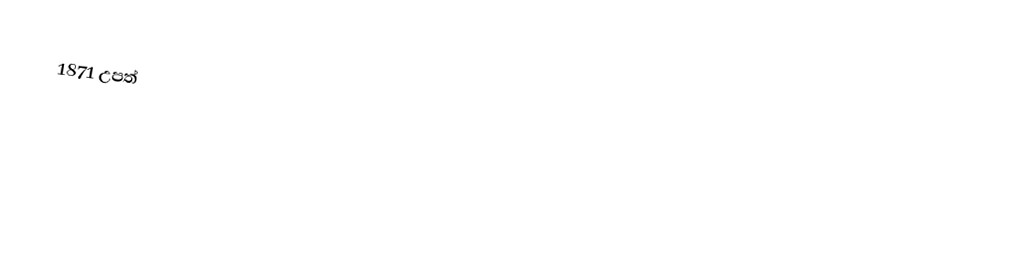
1871 උපත්